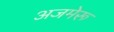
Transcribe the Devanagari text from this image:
अजमेरू